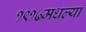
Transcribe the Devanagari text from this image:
१९१७मधल्या